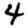
Digit: 4